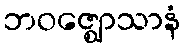
ဘဝဇ္ဈောသာနံ